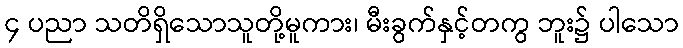
၄ ပညာ သတိရှိသောသူတို့မူကား၊ မီးခွက်နှင့်တကွ ဘူး၌ ပါသော